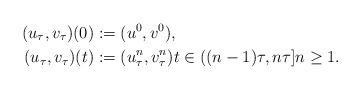
LaTeX: \begin{align*}(u_\tau,v_\tau)(0)&:=(u^0,v^0),\\(u_\tau,v_\tau)(t)&:=(u_\tau^n,v_\tau^n)t\in ((n-1)\tau,n\tau]n\ge 1.\end{align*}